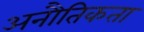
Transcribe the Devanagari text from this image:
अनौतिकता